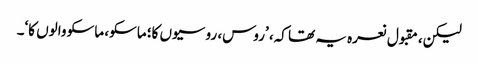
لیکن، مقبول نعرہ یہ تھا کہ، ’روس، روسیوں کا؛ ماسکو، ماسکو والوں کا‘۔